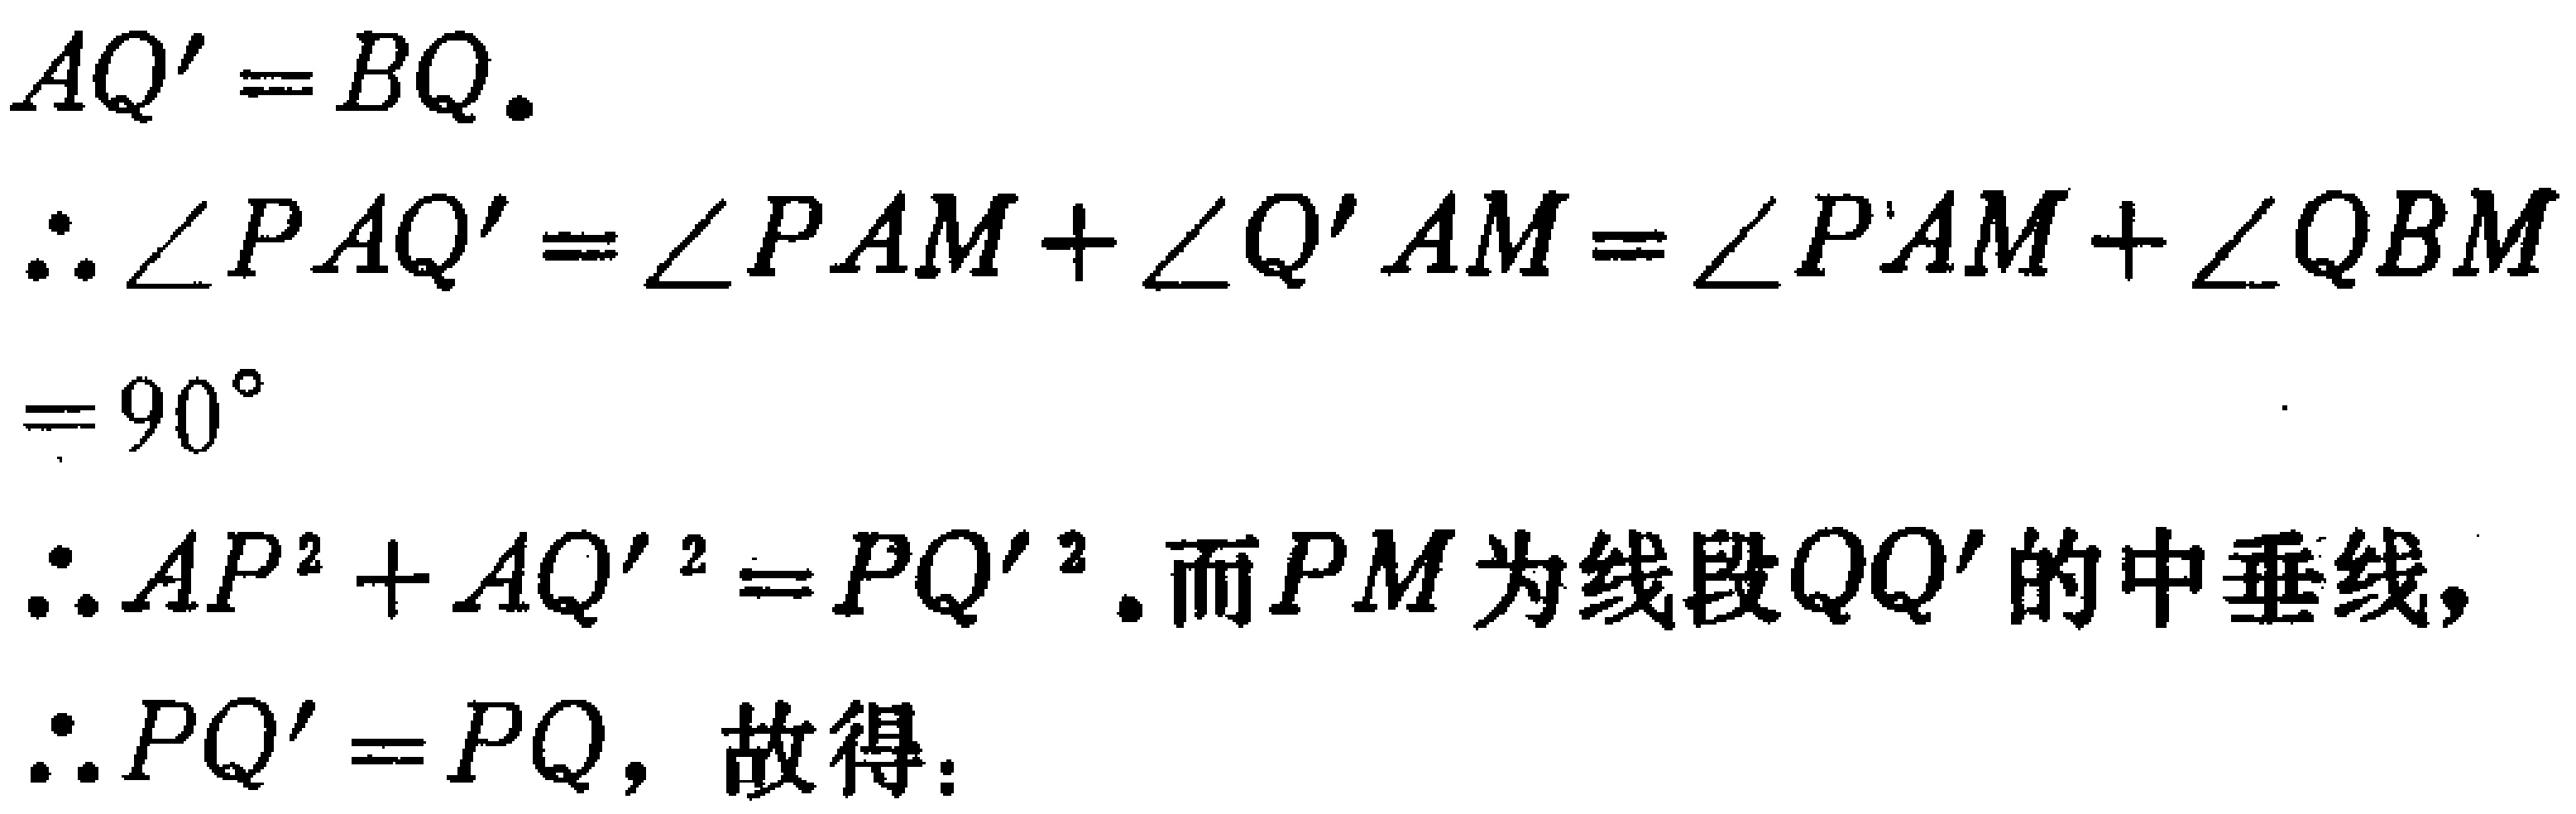
\begin{align*}
AQ'&=BQ.\\
\therefore \angle PAQ'&=\angle PAM+\angle Q'AM=\angle PAM+\angle QBM\\
&=90^{\circ}\\
\therefore AP^{2}+AQ'^{2}&=PQ'^{2}.\text{ 而 }PM\text{ 为线段 }QQ'\text{ 的中垂线},\\
\therefore PQ'&=PQ,\text{ 故得:}
\end{align*}